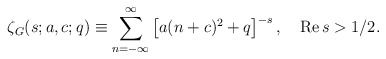
\begin{align*}\zeta_G(s;a,c;q) \equiv \sum_{n=-\infty}^{\infty} \left[ a(n+c)^2+q\right]^{-s}, \quad \mbox{Re} \, s >1/2. \end{align*}